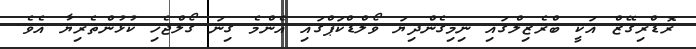
ރޮޑްރިގޭޒް އަކީ ބްރެޒިލްގައި ނިމިގެންދިޔަ ވޯލްޑްކަޕްގައި އެންމެ ގިނަ ގޯލްޖެހި ކުޅުންތެރިޔާ އެވެ.